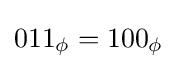
011_{\phi }=100_{\phi }